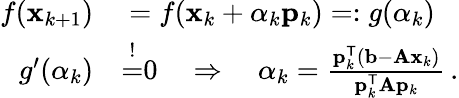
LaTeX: \begin{array}{rl}{f(\mathbf{x}_{k+1})}&{{}=f(\mathbf{x}_{k}+\alpha_{k}\mathbf{p}_{k})=:g(\alpha_{k})}\\ {g^{\prime}(\alpha_{k})}&{{}{\overset{!}{=}}0\quad\Rightarrow\quad\alpha_{k}={\frac{\mathbf{p}_{k}^{\mathsf{T}}(\mathbf{b}-\mathbf{Ax}_{k})}{\mathbf{p}_{k}^{\mathsf{T}}\mathbf{A}\mathbf{p}_{k}}}\, .}\end{array}